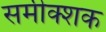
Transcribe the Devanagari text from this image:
समीक्शक